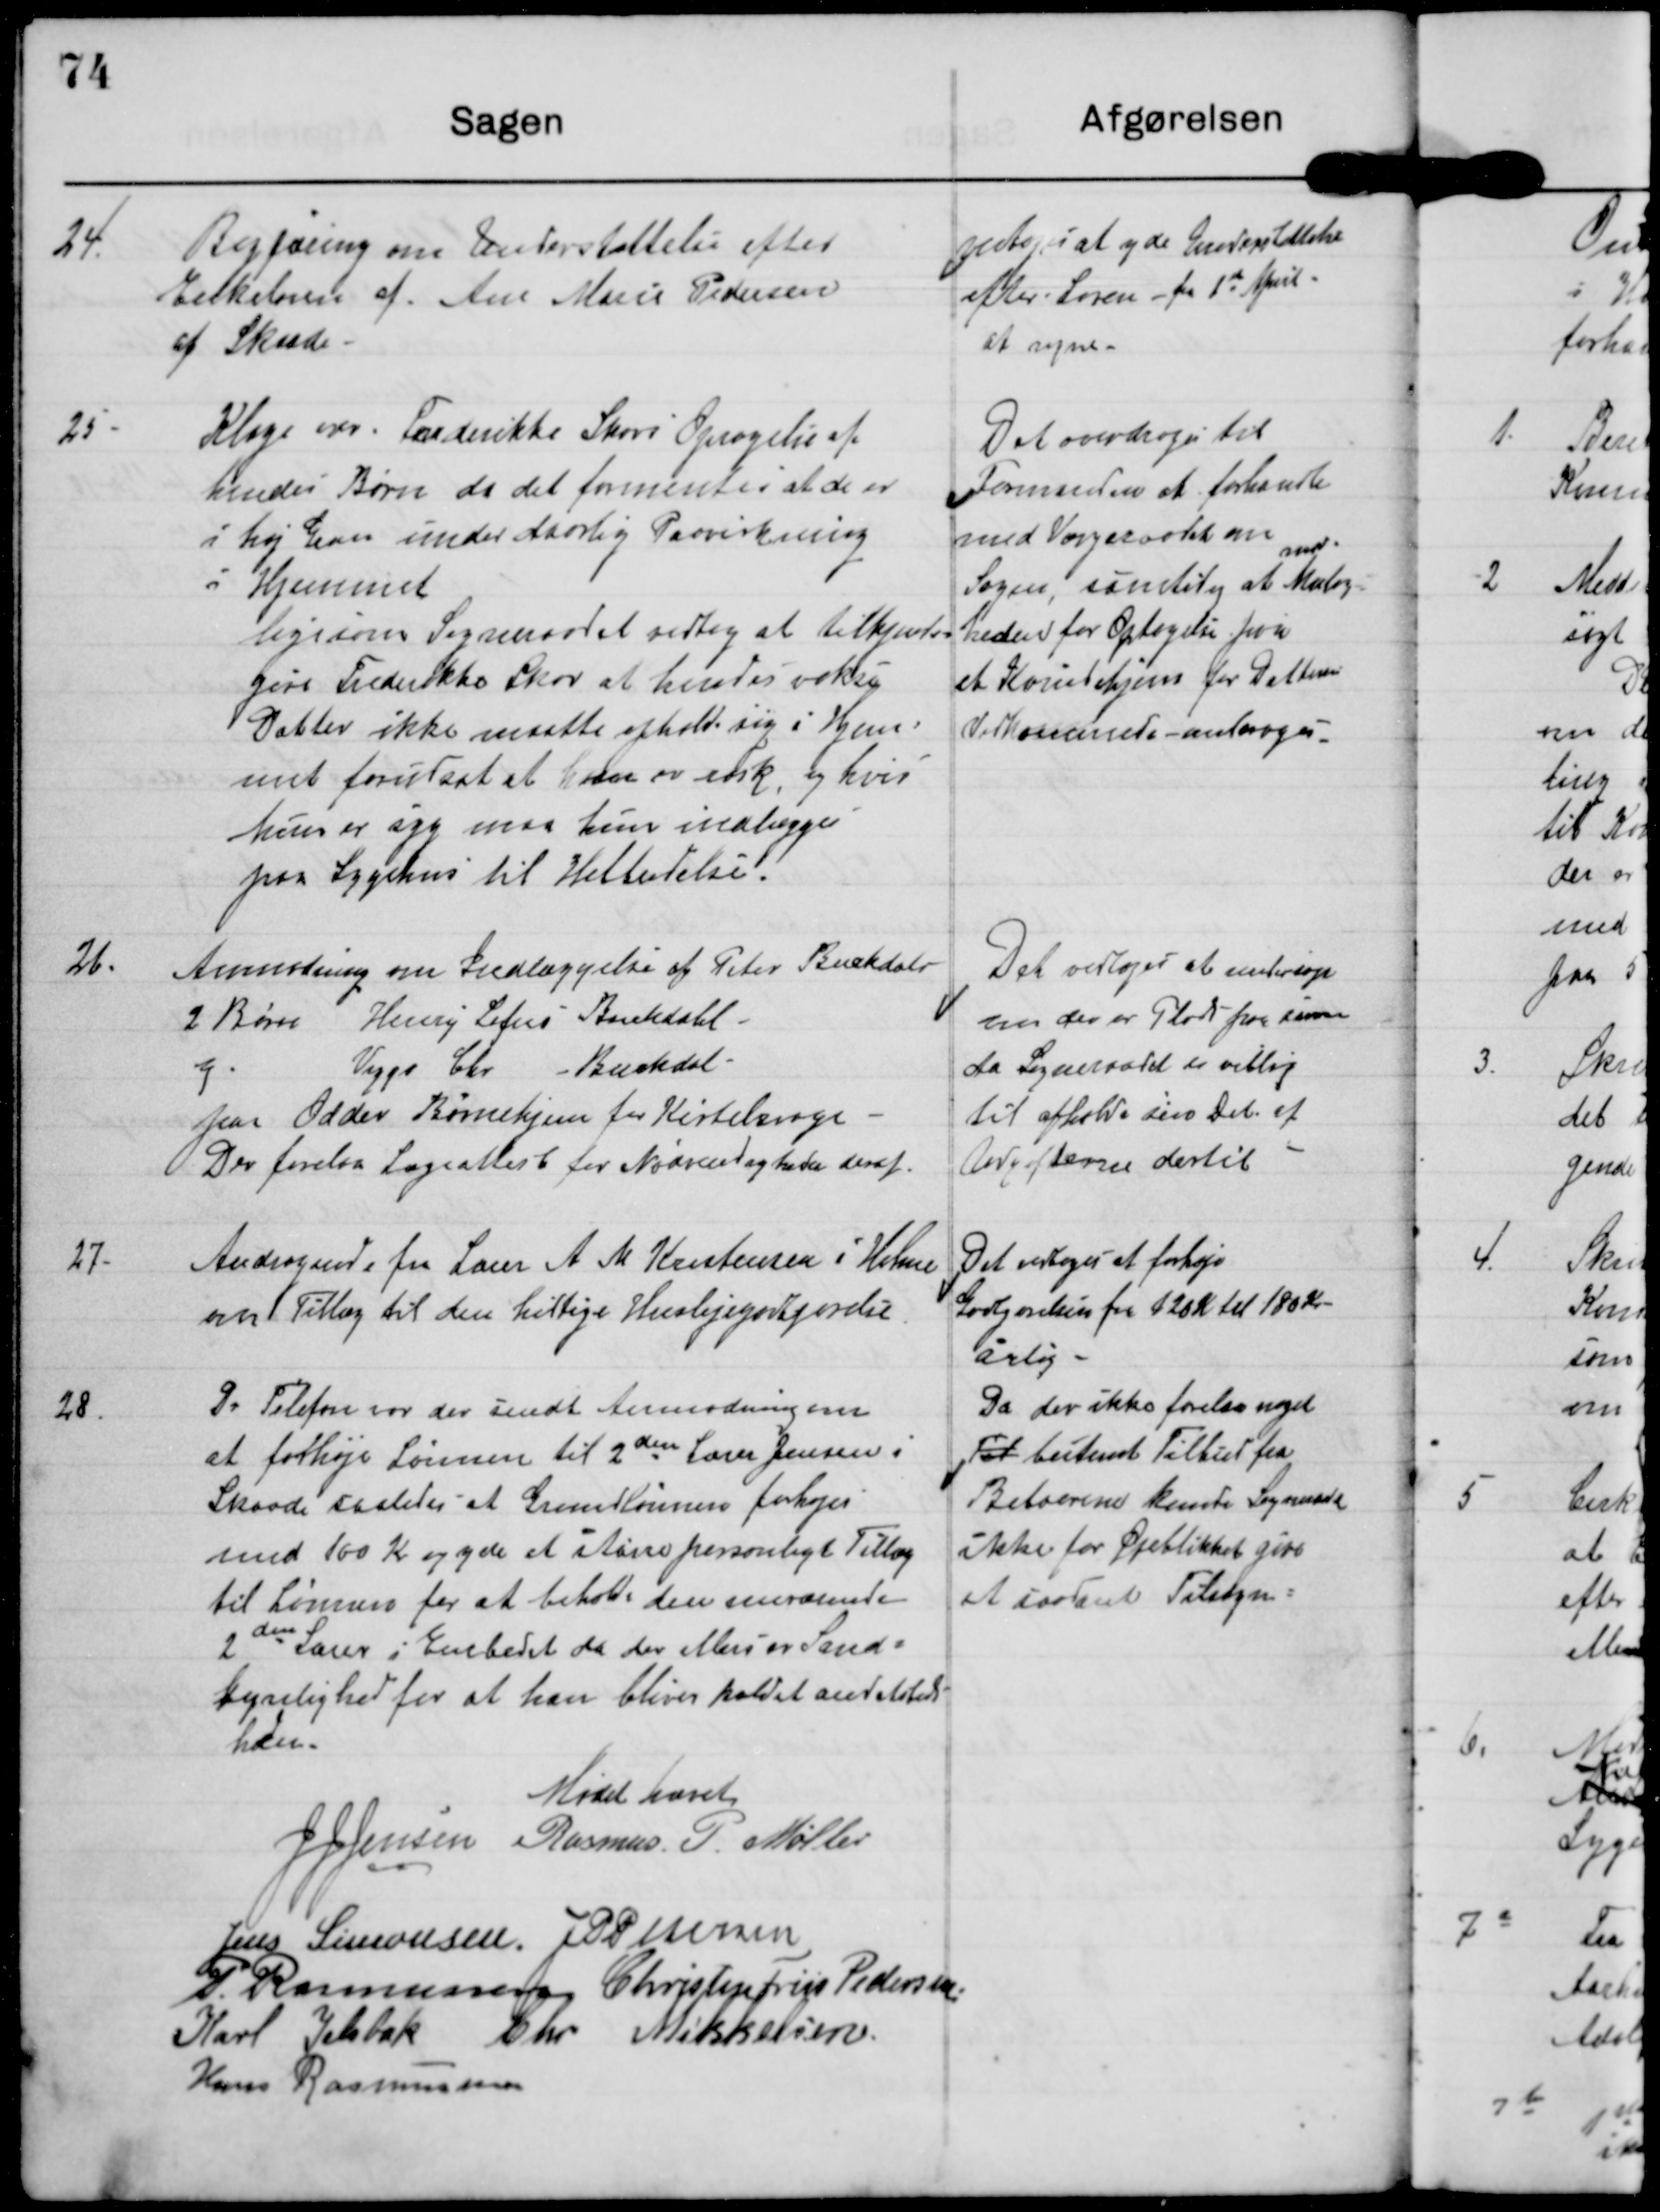
Transskription:
24. Bogføring om Understøttelse efter
Enkeloven af Ane Marie Pedersen
af Skaade

vedtages at yde Understøttelse
efter Loven fra 1st April
at regne.

25. Klage over Frederikke Skovs Opdragelse af
hendes Børn da det formentes at de er
i høj Grad under daarlig Paavirkning
i Hjemmet.
ligesom Sogneraadet vedtog at tilkjende-
give Frederikke Skov at hendes voksne
Datter ikke maatte opholde sig i Hjem-
met forudsat at hun er rask, og hvis
hun er syg maa hun indlægges
paa Sygehus til Helbredelse.

Det overdrages til
Formanden at forhandle
med Værgeraadet om
Sagen, samtidig at Mulig-
heden for Optagelse paa
et Kvindehjem for Datterens
Vedkommende antoges

Det vedtoges at undersøge
om der er Plads fra paa
da Sogneraadet er villige
til afholde sin Del af
Udgifterne dertil.

26. Anmodning om Indlæggelse af Peter Buckdals
2 Børn Henry Sofus Buckdahl
og Viggo Chr Buckdal
paa Odder Børnehjem for Kirtelsvage
Der forelaa Lægeattest for Nødvendigheden deraf

27. Andragende fra Lærer A M Kristensen i Holme
om Tillæg til den hidtige Huslejegodtgørelse.

Det vedtoges at forhøje
Godtgørelsen fra 120 Kr til 180 Kr
årlig

28. Pr Telefon var der sendt anmodningen
at forhøje Lønnen til 2den Lærer Jensen i
Skaade saaledes at Grundlønnen forhøjes
med 100 Kr og yde et større personligt Tillæg
til Lønnen for at beholde den ovennævnte
2den Lærer i Embedet da der ellers er Sand-
synlighed for at han bliver kaldet andetsteds
hen.

Da der ikke forelaa noget
til bestemt Tilbud fra
Beboeren kunde Sogneraadet
ikke for Øjeblikket give
et ? Tilsagn

Mødet hævet

J J Jensen

Rasmus P Møller

J P Petersen

Jens Simonsen

P Rasmussen

Christen Friis Pedersen

Karl Jelsbak

Chr Mikkelsen

Hans Rasmussen